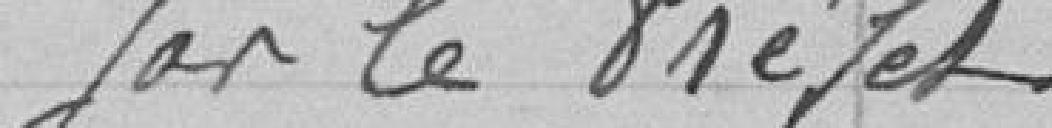
Produit de l'Octroi.        460000.